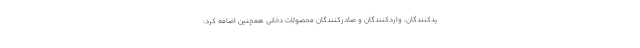
یدکنندگان، واردکنندگان و صادرکنندگان محصولات دخانی همچنین اضافه کرد: